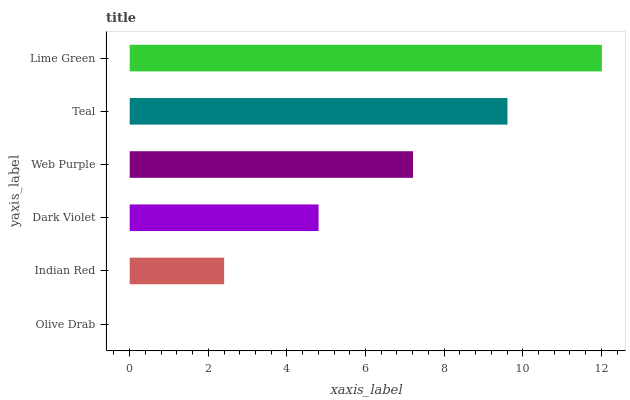
| yaxis_label | bars |
 | --- | --- |
 | Olive Drab | 0 |
 | Indian Red | 2.4 |
 | Dark Violet | 4.81 |
 | Web Purple | 7.21 |
 | Teal | 9.61 |
 | Lime Green | 12 |